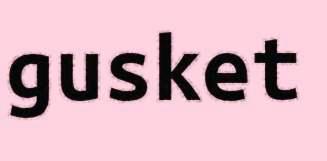
gusket